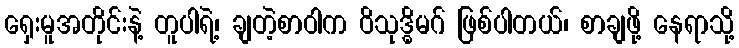
ရှေးမူအတိုင်းနဲ့ တူပါရဲ့၊ ချတဲ့စာဝါက ဝိသုဒ္ဓိမဂ် ဖြစ်ပါတယ်၊ စာချဖို့ နေရာသို့